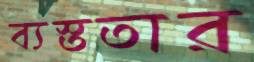
ব্যস্ততার